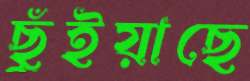
ছুঁইয়াছে